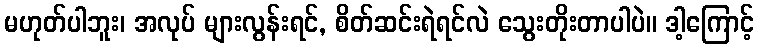
မဟုတ်ပါဘူး၊ အလုပ် များလွန်းရင်, စိတ်ဆင်းရဲရင်လဲ သွေးတိုးတာပါပဲ။ ဒါ့ကြောင့်